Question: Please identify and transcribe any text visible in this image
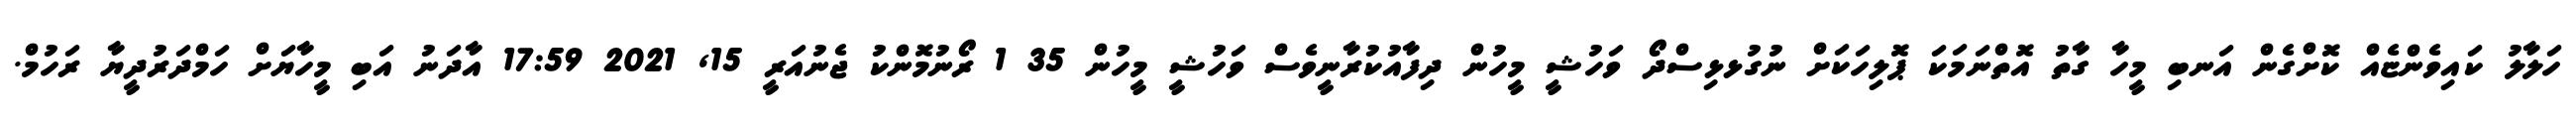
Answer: ހަލާލު ކައިވެންޏެއް ކޮށްގެން އަނބި މީހާ ގާތު އޮތްނަމަކަ ޕޮލިހަކަށް ނުގުޅޅިސްދޯ ވަހުޝީ މީހުން ދިފާއުކުރާނީވެސް ވަހުޝީ މީހުން 35 1 ރޯނުމޮންކު ޖެނުއަރީ 15, 2021 17:59 އާދަނު އަބި މީހާޔަށް ހަމްދަރުދީޔާ ރަހުމް.